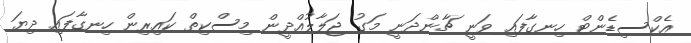
އެކްސިޑެންޓް ހިނގާފައި ވަނީ ޗާންދަނީ މަގު ޖަލާލުއްދީން މިސްކިތް ކައިރިން ހިނގާފައި ދިޔަ